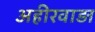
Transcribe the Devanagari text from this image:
अहीरवाड़ा